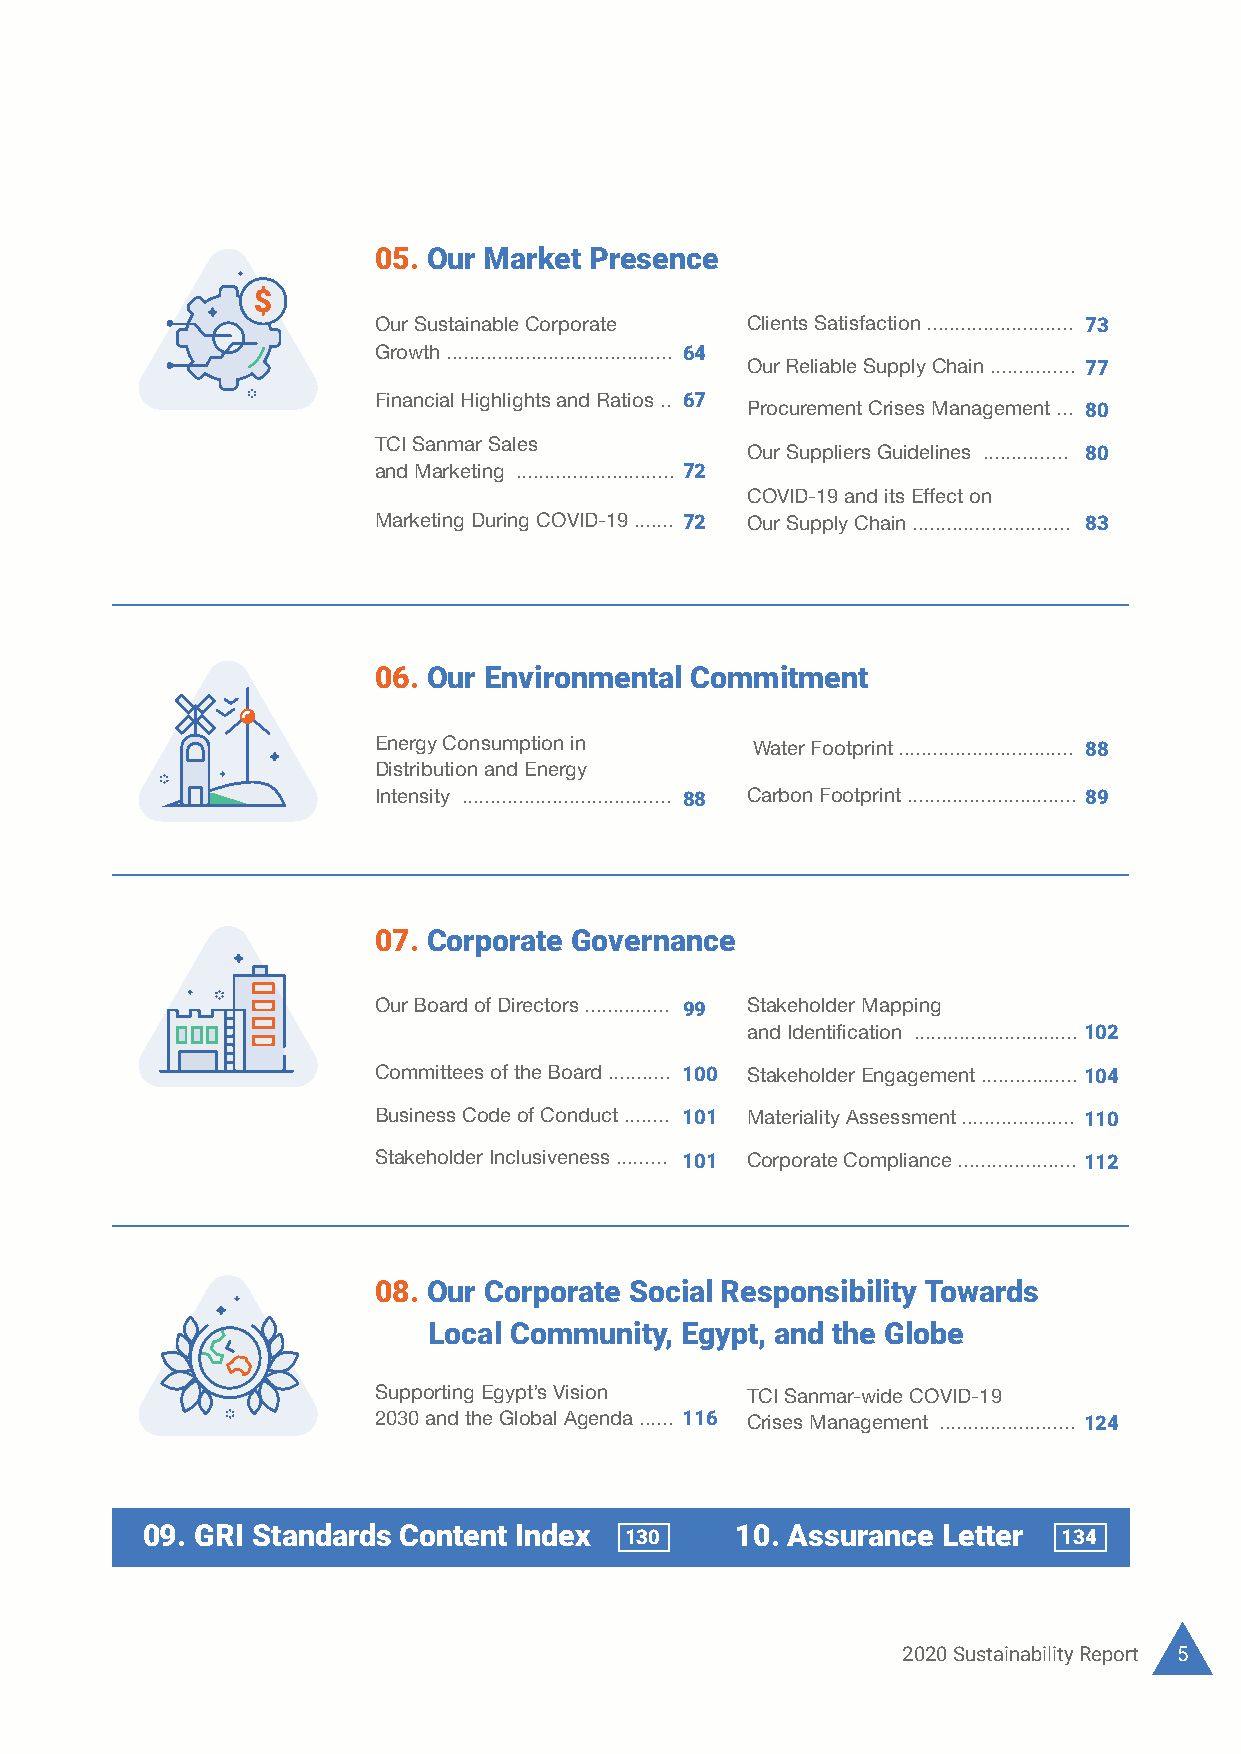
Contents
 05. Our Market Presence
 Our Sustainable Corporate Clients Satisfaction .......................... 73
 Growth ........................................ 64
 Our Reliable Supply Chain ............... 77
 Financial Highlights and Ratios .. 67
 Procurement Crises Management ... 80
 01. Introduction
 TCI Sanmar Sales
 Our Suppliers Guidelines ............... 80
 and Marketing ............................ 72
 Message from the Chairman ... 10 Mapping Our Efforts with
 COVID-19 and its Effect on
 Our Journey ..............................12 Ministry of Trade and Industry ........... 20 Marketing During COVID-19 ....... 72 Our Supply Chain ............................ 83
 Our Sustainability Highlights ... 14 Visions, Values, Guiding Principles,
 and Management Philosophy ............ 25
 Our Sustainable Strategy ........ 16
 Our Business Model ................ 18
 06. Our Environmental Commitment
 02. The Calibers Creating Our Success
 Energy Consumption in    Water Footprint ............................... 88
 Distribution and Energy
 Safe Working Environment ...... 28 Working on Our Shortcomings ......... 32 Intensity ..................................... 88 Carbon Footprint .............................. 89
 Employees Satisfaction Establishing TCI Sanmar
 Principles ................................. 29 Training Center ................................. 32
 Hiring Process ......................... 30 Human Resources and COVID-19 ... 33
 07. Corporate Governance
 03. Health and Safety : A Business Priority Our Board of Directors ............... 99 Stakeholder Mapping
 and Identification .............................102
 Safety is Our True North .......... 36 Progressing Our Safety Committees of the Board ........... 100 Stakeholder Engagement .................104
 Performance ................................... 40
 Creating Safety Throughout
 Business Code of Conduct ........ 101 Materiality Assessment .................... 110
 Our Workplace ......................... 36 Delivering Health Programs
 to Our Employees ............................ 42 Stakeholder Inclusiveness ......... 101 Corporate Compliance ..................... 112
 Occupational Safety
 Initiatives and Tools ..................37
 08. Our Corporate Social Responsibility Towards
 04. Operational Management
 Local Community, Egypt, and the Globe
 Operational Management Quality: A way to Success ............. 56
 at TCI Sanmar ............................. 47 Supporting Egypt’s Vision TCI Sanmar-wide COVID-19
 Our Quality Assurance Lab ........... 57 2030 and the Global Agenda ...... 116 Crises Management ........................ 124
 Preparation of LCA and EPD for
 Quality Control Tools
 PVC Production Line .................. 49
 and Measures ................................ 57
 Local Green Resources ............. 55
 09. GRI Standards Content Index 130     10. Assurance Letter 134
 4 TCI SANMAR CHEMICALS S.A.E                                2020 Sustainability Report 5